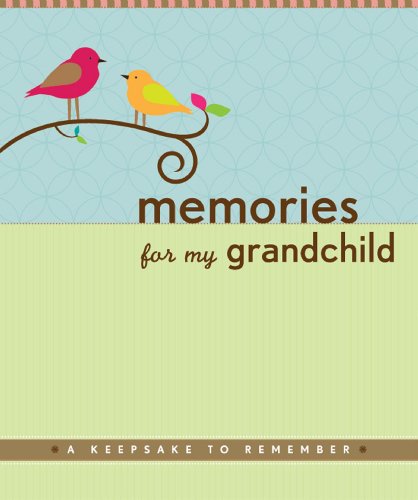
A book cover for Memories for My Grandchild: A Keepsake to Remember (Grandparent's Memory Book); Suzanne Zenkel; Parenting & Relationships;